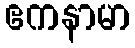
ဧကနာမာ